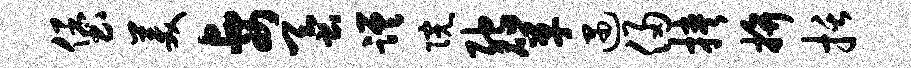
堡美妻蚕蹉院弛箪遇侵挟拚括